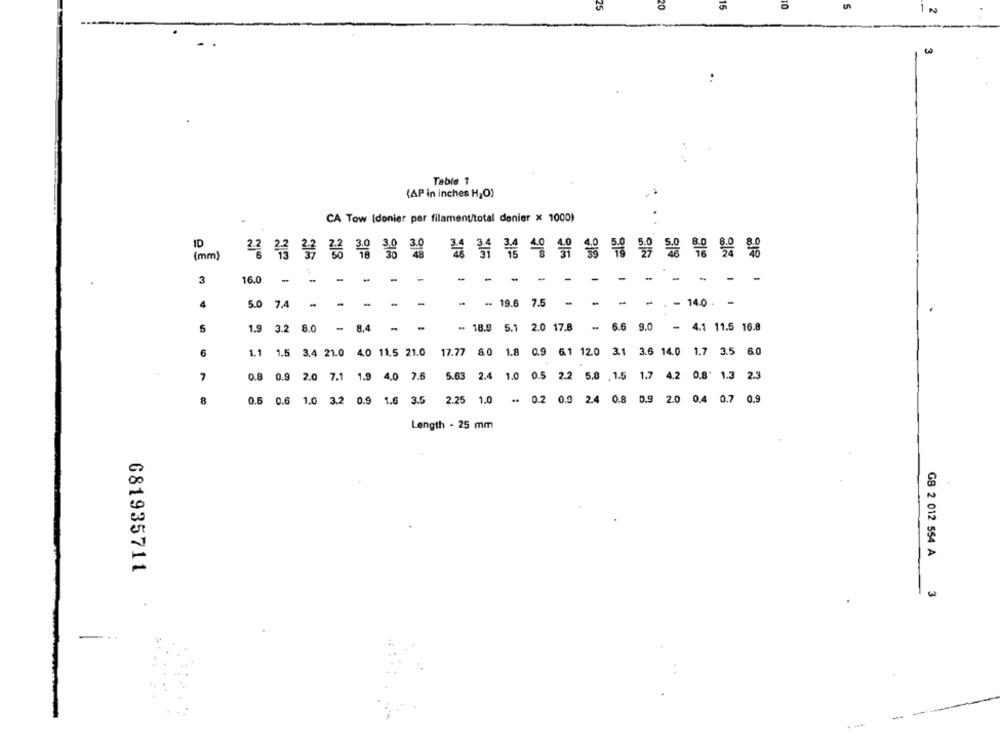
1 N
Table 1
(AP in inches H2O)
CA Tow (donier per filamenttotal denier x 1000)
ID
(mm)
-
-
-
-
-
-
-
3
16.0
- -
-
-
-
-
4
5.0 7.4
- -- 19.6 7.5 -
. - 14.0 . -
5
1.9 3.2 8.0 - 8.4 -
- 18.9 5.1 2.0 17.8
-. 6.6 9.0
- 4.1 11.5 16.8
6
1.1 1.5 3.4 21.0 4.0 11.5 21.0
17.77 8.0 1.8 0.9 6.1 120 3.1 3.6 14.0 1.7 3.5 60
7
5.63 2.4 1.0 0.5 2.2 5.0 .1.5 1.7 4.2 0.8' 1.3 2.3
0.8 0.9 2.0 7.1 1.9 4.0 7.6
8
0.6
0.6 1.0 3.2 0.9 1.6 3.5
2.25 1.0
.. 0.2 0.9 2.4 0.8 0.9 2.0 0.4 0.7 0.9
Length - 25 mm
GB 2 012 554 A
681935711
3